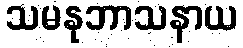
သမနုဘာသနာယ